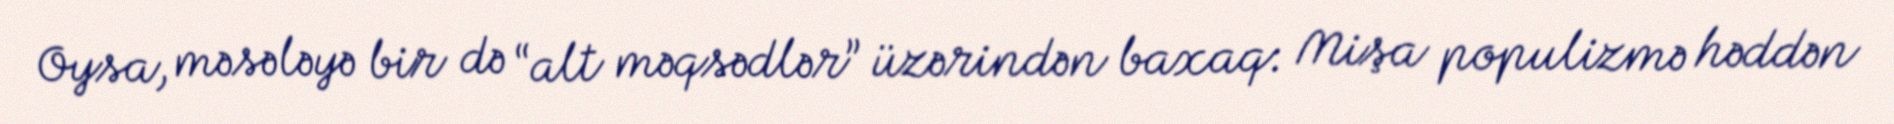
Oysa, məsələyə bir də “alt məqsədlər” üzərindən baxaq: Mişa populizmə həddən